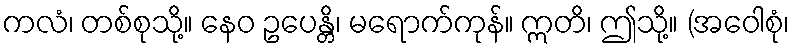
ကလံ၊ တစ်စုသို့။ နေဝ ဥပေန္တိ၊ မရောက်ကုန်။ ဣတိ၊ ဤသို့။ (အဝေါစုံ၊